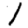
Digit: 1